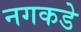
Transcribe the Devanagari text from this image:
नगकडे